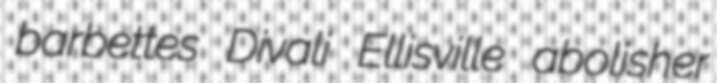
barbettes Divali Ellisville abolisher